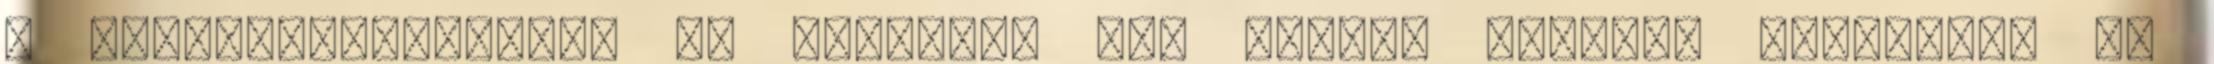
a nem-cselekvéshez: az embernek nem szabad mindent átugornia és